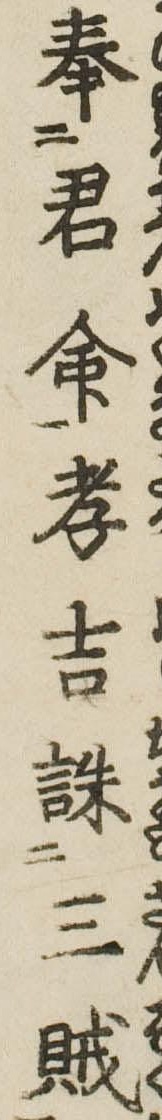
奉君命孝吉誅三賊